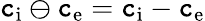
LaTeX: \mathtt{c}_{\mathrm{{i}}}\ominus\mathtt{c}_{\mathrm{{e}}}=\mathtt{c}_{\mathrm{{i}}}-\mathtt{c}_{\mathrm{{e}}}